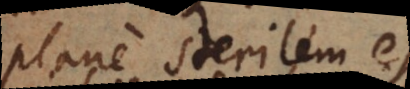
plane sterilem esse.